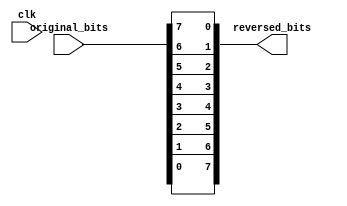
module reverse_bits(clk, original_bits, reversed_bits);
    
    input clk;
    input [7:0] original_bits;
    output [7:0] reversed_bits;
    reg [7:0] reversed_bits;
    always @*
    begin
        reversed_bits[0] <= original_bits[7];
        reversed_bits[1] <= original_bits[6];
        reversed_bits[2] <= original_bits[5];
        reversed_bits[3] <= original_bits[4];
        reversed_bits[4] <= original_bits[3];
        reversed_bits[5] <= original_bits[2];
        reversed_bits[6] <= original_bits[1];
        reversed_bits[7] <= original_bits[0];
    end
endmodule